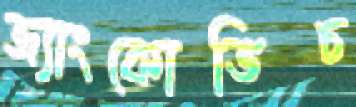
জ্যাংকোভিচ